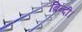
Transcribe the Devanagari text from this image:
बिन्दी।